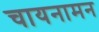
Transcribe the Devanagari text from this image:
चायनामन